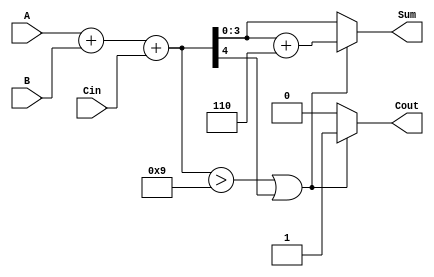
module BCD_Conditional_Adder (
    input  wire [3:0] A,     // First BCD digit (0-9)
    input  wire [3:0] B,     // Second BCD digit (0-9)
    input  wire Cin,         // Carry-in
    output reg  [3:0] Sum,   // BCD sum output
    output reg  Cout         // Carry-out
);

    wire [4:0] Temp_Sum;     // 5-bit to hold the sum of A, B, and Cin
    wire correction_needed;   // Flag for BCD correction

    // Step 1: Perform binary addition
    assign Temp_Sum = A + B + Cin;

    // Step 2: Check if correction is needed
    assign correction_needed = (Temp_Sum > 9) || Temp_Sum[4];

    // Step 3: Calculate the final BCD output
    always @(*) begin
        if (correction_needed) begin
            Sum = Temp_Sum[3:0] + 4'b0110; // Add 6 to correct
            Cout = 1;                      // Set carry-out
        end else begin
            Sum = Temp_Sum[3:0];           // No correction needed
            Cout = 0;                      // No carry-out
        end
    end

endmodule